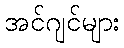
အင်ဂျင်များ